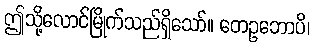
ဤသို့လောင်မြိုက်သည်ရှိသော်။ တေဥဘောပိ၊